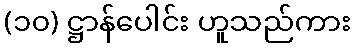
(၁၀) ဋ္ဌာန်ပေါင်း ဟူသည်ကား